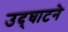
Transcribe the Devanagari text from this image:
उद्‌घाटने